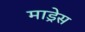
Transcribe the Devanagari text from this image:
माड्रेस